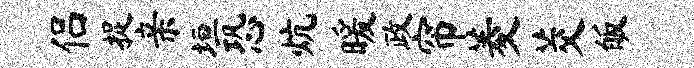
侣捉亲垣恐炕暖政帘菱茭皈